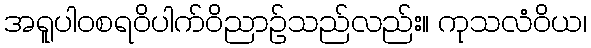
အရူပါဝစရဝိပါက်ဝိညာဉ်သည်လည်း။ ကုသလံဝိယ၊